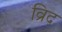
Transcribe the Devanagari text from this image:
व्रिद